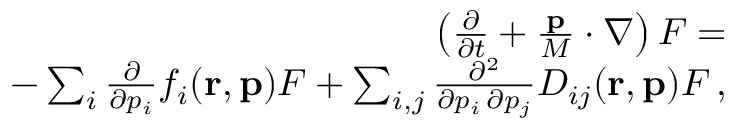
\begin{array} { r l r } & { } & { \left( \frac { \partial } { \partial t } + \frac { { \bf p } } { M } \cdot \nabla \right) { \cal F } = } \\ & { } & { - \sum _ { i } \frac { \partial } { \partial p _ { i } } f _ { i } ( { \bf r } , { \bf p } ) { \cal F } + \sum _ { i , j } \frac { \partial ^ { 2 } } { \partial p _ { i } \, \partial p _ { j } } D _ { i j } ( { \bf r } , { \bf p } ) { \cal F } \, , } \end{array}